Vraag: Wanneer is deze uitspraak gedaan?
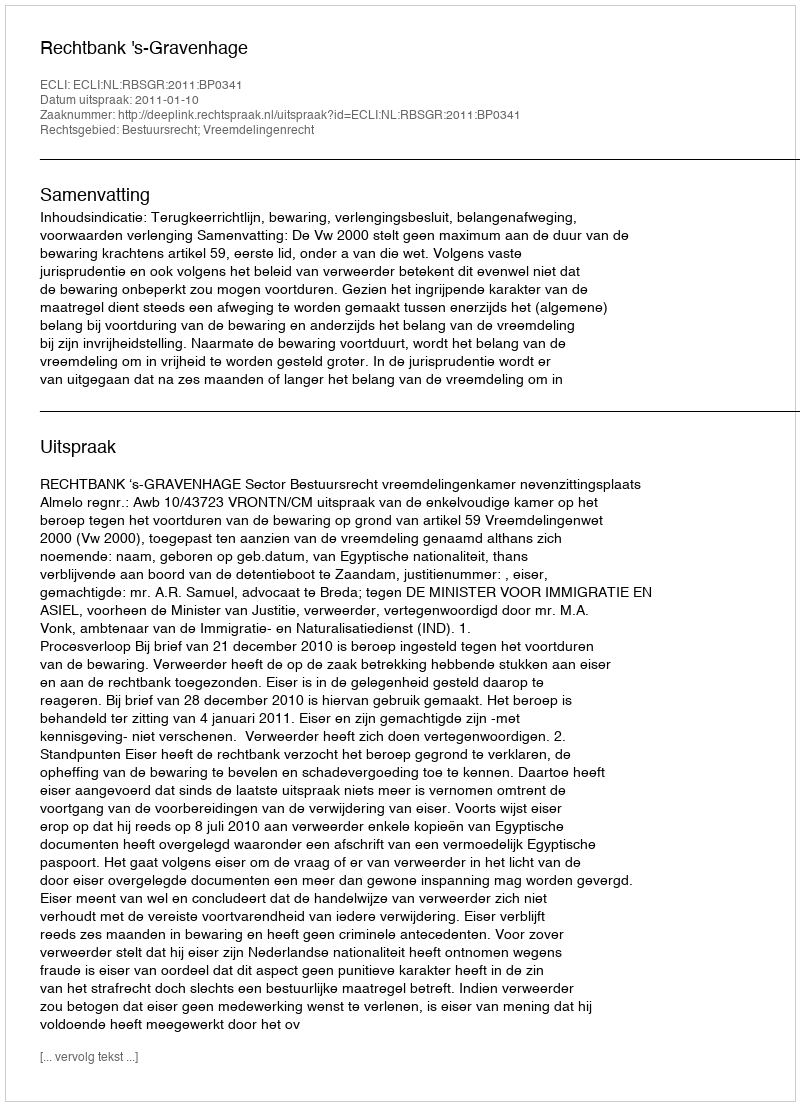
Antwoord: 2011-01-10